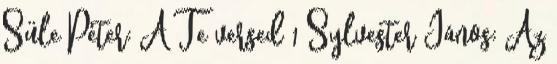
Süle Péter: A Te versed 1 Sylvester János: Az